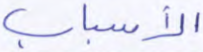
الأسباب